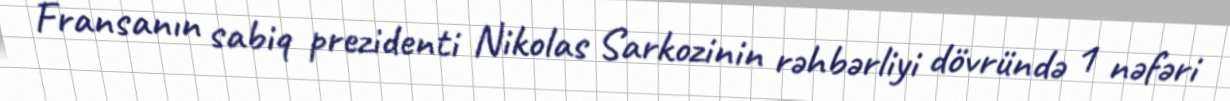
Fransanın sabiq prezidenti Nikolas Sarkozinin rəhbərliyi dövründə 1 nəfəri